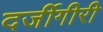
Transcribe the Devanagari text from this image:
दर्जीगीरी